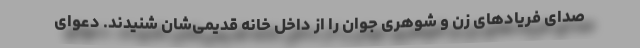
صدای فریادهای زن و شوهری جوان را از داخل خانه قدیمی‌شان شنیدند. دعوای